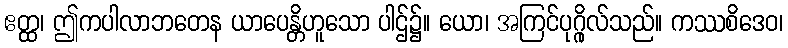
ဧတ္ထ၊ ဤကပါလာဘတေန ယာပေန္တိဟူသော ပါဌ်၌။ ယော၊ အကြင်ပုဂ္ဂိုလ်သည်။ ကဿစိဒေဝ၊